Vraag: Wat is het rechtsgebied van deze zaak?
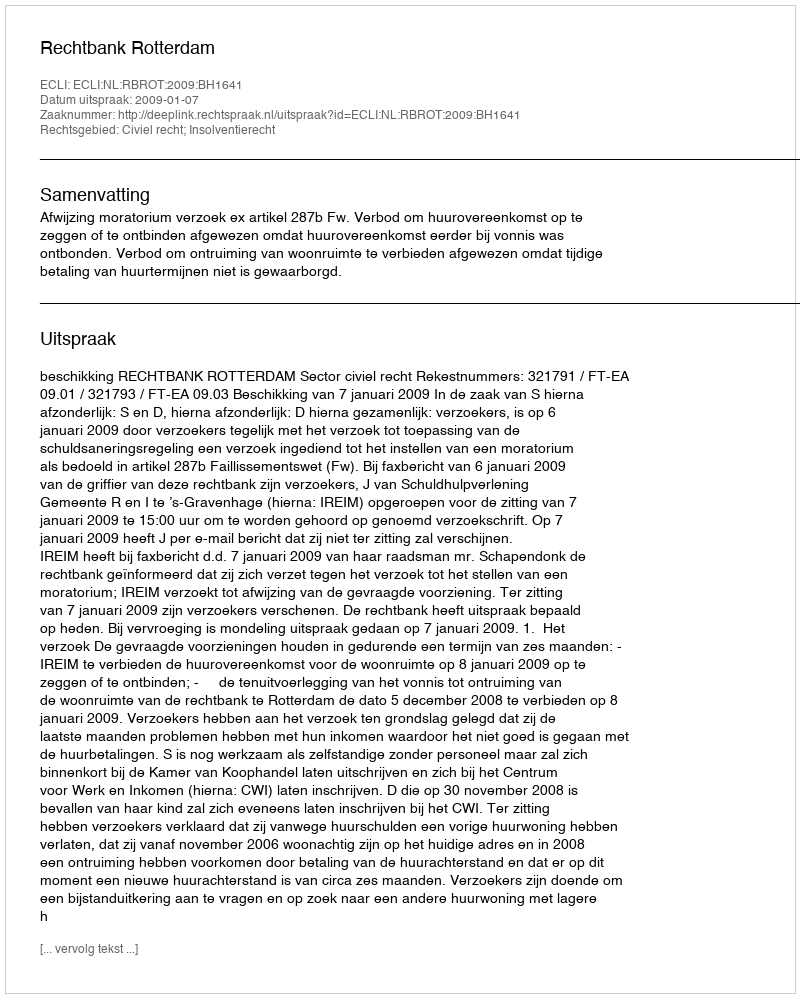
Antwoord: Civiel recht; Insolventierecht